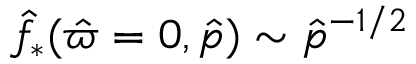
\hat { f } _ { * } ( \hat { \varpi } = 0 , \hat { p } ) \sim \hat { p } ^ { - 1 / 2 }